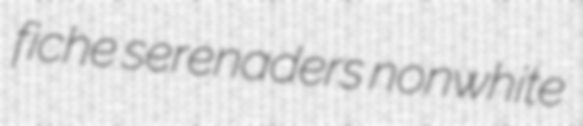
fiche serenaders nonwhite